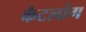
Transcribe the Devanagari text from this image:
कैटलोंग